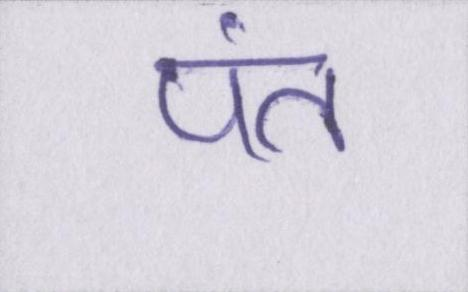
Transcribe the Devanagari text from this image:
पंत